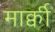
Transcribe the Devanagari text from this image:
मार्क्वी